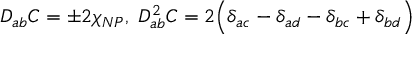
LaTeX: D _ { a b } C = \pm 2 \chi _ { N P } , \; D _ { a b } ^ { 2 } C = 2 \Bigl ( \delta _ { a c } - \delta _ { a d } - \delta _ { b c } + \delta _ { b d } \Bigr )